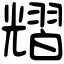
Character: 𦒉